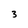
Character: 3